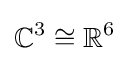
\mathbb {C} ^{3}\cong \mathbb {R} ^{6}